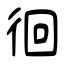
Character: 徊